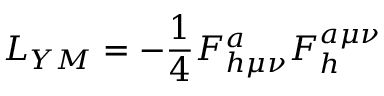
{ \cal L } _ { Y M } = - \frac { 1 } { 4 } F _ { h \mu \nu } ^ { a } F _ { h } ^ { a \mu \nu }